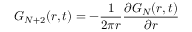
G _ { N + 2 } ( r , t ) = - \frac { 1 } { 2 \pi r } \frac { \partial G _ { N } ( r , t ) } { \partial r }